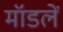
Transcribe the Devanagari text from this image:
मॉडलें